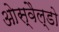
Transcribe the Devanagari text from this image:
ओस्वैल्डो